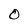
Character: O